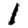
Digit: 1